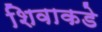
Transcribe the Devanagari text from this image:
शिवाकडे